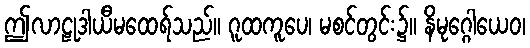
ဤလာဠုဒါယီမထေရ်သည်။ ဂူထကူပေ၊ မစင်တွင်း၌။ နိမုဂ္ဂေါယေဝ၊